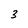
Character: 3